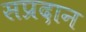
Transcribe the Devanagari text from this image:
सप्रदान